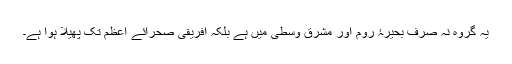
یہ گروہ نہ صرف بحیرۂ روم اور مشرق وسطیٰ میں ہے بلکہ افریقی صحرائے اعظم تک پھیلا ہوا ہے۔